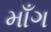
માઁગ